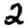
Digit: 2